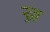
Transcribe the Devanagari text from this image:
ख्र